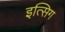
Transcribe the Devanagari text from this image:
इत्सिग